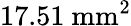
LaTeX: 17.51~\mathrm{mm}^{2}